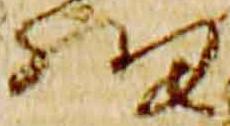
細